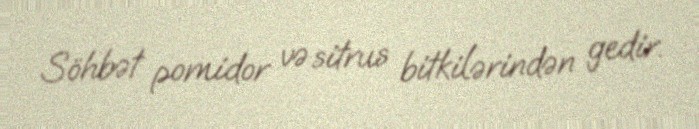
Söhbət pomidor və sitrus bitkilərindən gedir.